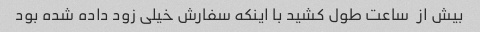
بیش از  ساعت طول کشید با اینکه سفارش خیلی زود داده شده بود